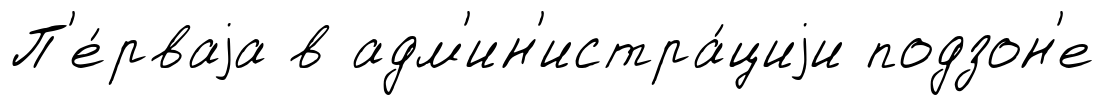
П'е́рваjа в адм'ин'истра́циjи подзон'е